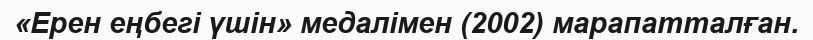
«Ерен еңбегі үшін» медалімен (2002) марапатталған.